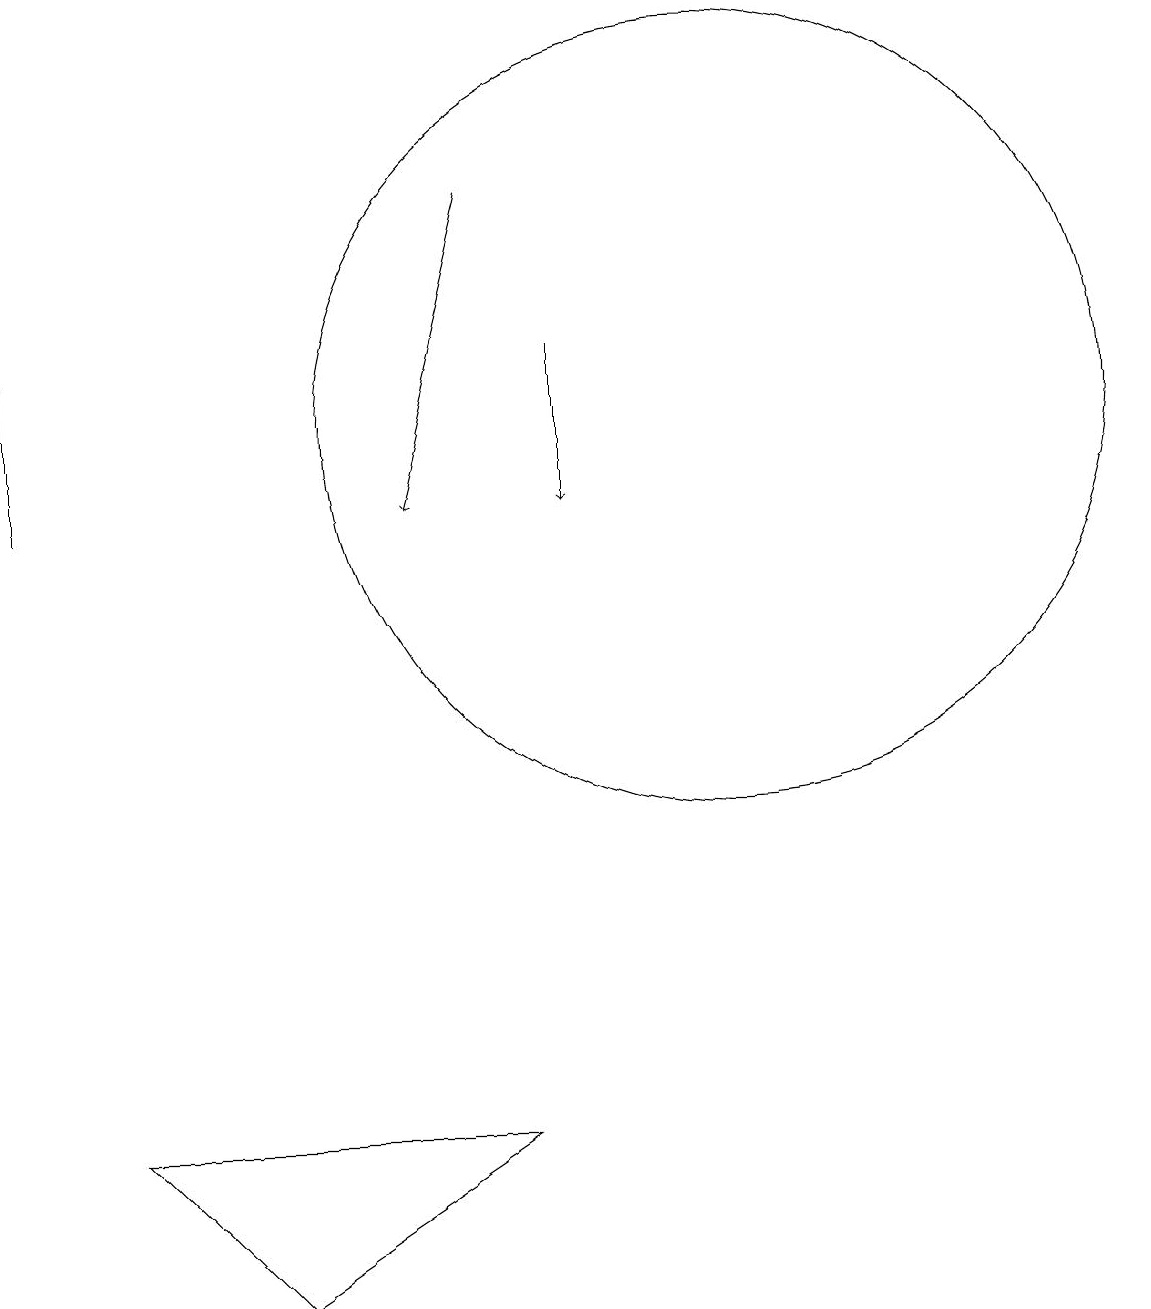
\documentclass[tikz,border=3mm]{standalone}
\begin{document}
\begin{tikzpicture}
\draw[->] (8,13) -- (8,11);
\draw[->] (7,15) -- (6,11);
\draw (10,12) circle (5);
\draw (7,3) -- (4,1) -- (2,3) -- cycle;
\draw[->] (1,11) -- (1,13);
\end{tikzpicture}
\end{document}